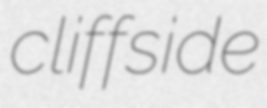
cliffside